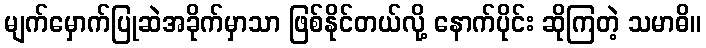
မျက်မှောက်ပြုဆဲအခိုက်မှာသာ ဖြစ်နိုင်တယ်လို့ နောက်ပိုင်း ဆိုကြတဲ့ သမာဓိ။